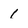
Character: 1